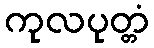
ကုလပုတ္တံ